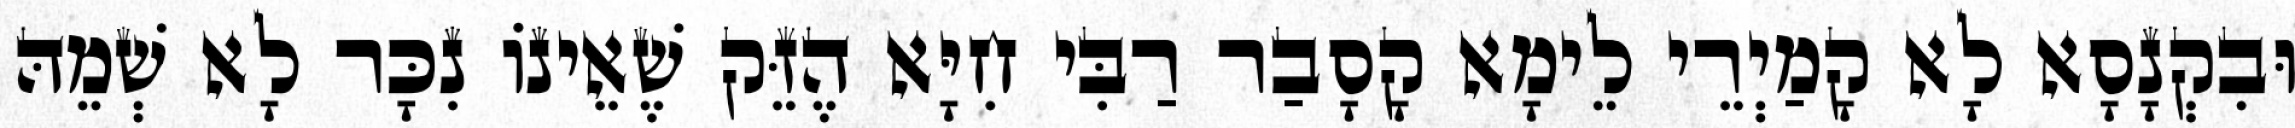
וּבִקְנָסָא לָא קָמַיְרֵי לֵימָא קָסָבַר רַבִּי חִיָּא הֶזֵּק שֶׁאֵינוֹ נִכָּר לָא שְׁמֵהּ